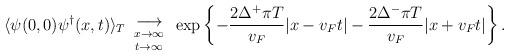
LaTeX: \begin{align*}\langle\psi(0,0)\psi^\dagger(x,t)\rangle_T\begin{array}{c}{}\\\longrightarrow\\\mbox{\raisebox{2mm}{$x\to\infty\atop t\to\infty$}}\end{array}\exp\left\{-\frac{2\Delta^+\pi T}{v_F}|x-v_Ft|-\frac{2\Delta^-\pi T}{v_F}|x+v_Ft|\right\}.\end{align*}